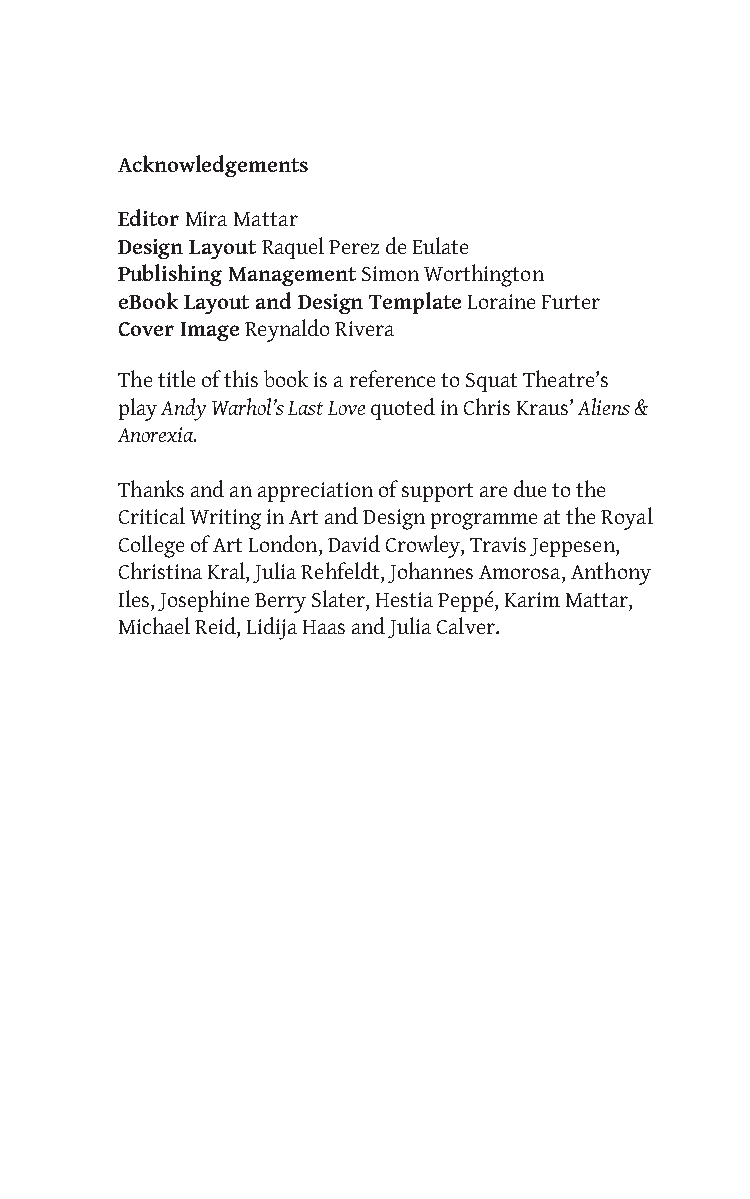
Acknowledgements
 Editor Mira Mattar
 Design Layout Raquel Perez de Eulate
 Publishing Management Simon Worthington
 eBook Layout and Design Template Loraine Furter
 Cover Image Reynaldo Rivera
 The title of this book is a reference to Squat Theatre’s
 play Andy Warhol’s Last Love quoted in Chris Kraus’ Aliens &
 Anorexia.
 Thanks and an appreciation of support are due to the
 Critical Writing in Art and Design programme at the Royal
 College of Art London, David Crowley, Travis Jeppesen,
 Christina Kral, Julia Rehfeldt, Johannes Amorosa, Anthony
 Iles, Josephine Berry Slater, Hestia Peppé, Karim Mattar,
 Michael Reid, Lidija Haas and Julia Calver.